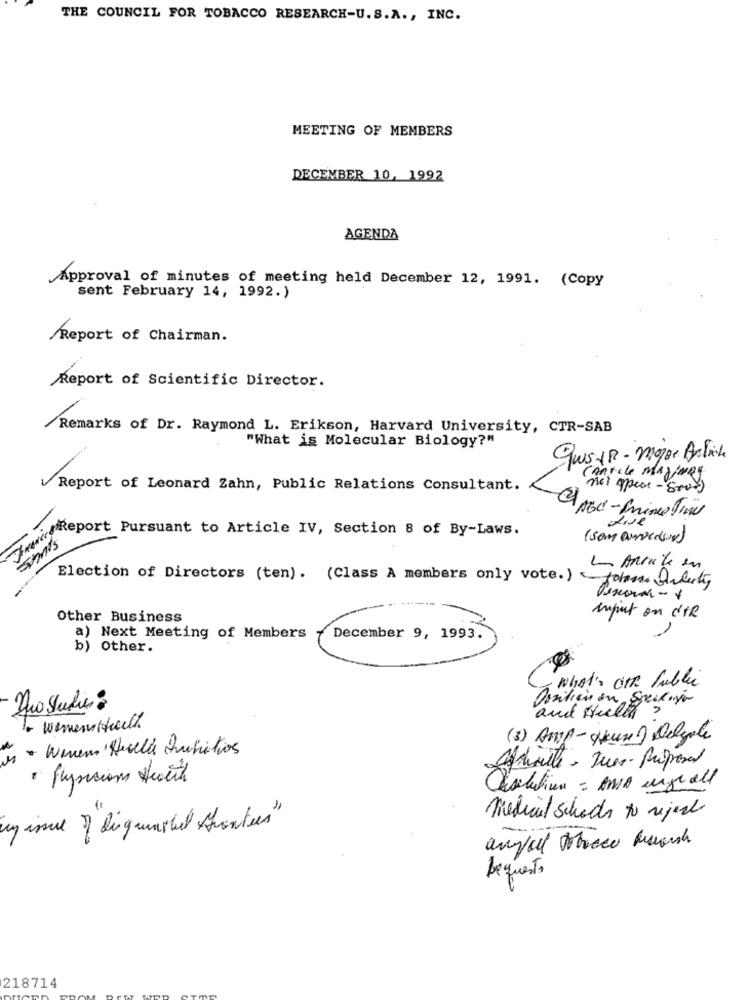
THE COUNCIL FOR TOBACCO RESEARCH-U. S.A ., INC.
MEETING OF MEMBERS
DECEMBER 10, 1992
AGENDA
Approval of minutes of meeting held December 12, 1991. (Copy
sent February 14, 1992.)
/Report of Chairman.
Report of Scientific Director.
Remarks of Dr. Raymond L. Erikson, Harvard University, CTR-SAB
"What is Molecular Biology?"
QuiSUR - mogge Artik
CARTele MAJEURS
/Report of Leonard Zahn, Public Relations Consultant.
not appear - sook
11
--
import Pursuant to Article IV, Section 8 of By-Laws.
Tamis
(som curvedsur)
Election of Directors (ten). (Class A members only vote. )
Other Business
input on d'TR
a) Next Meeting of Members
December 9, 1993.
b) other.
WHAT'S OF Public
Duo Studie:
and Hully's
wementfullt.
(3) Amp-Heure Delegale
· Wenen Hecelle Initiations
Affinite , Tues- Proposal
· flyvisions Hwith
Chsolution = ANA engrall
medical school to reject
my isue of liganshel toutes"
bequesto
218714